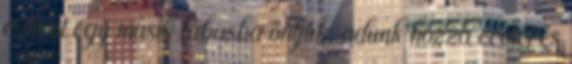
cukrot egy másik lábasba öntjük, adunk hozzá ecetet és